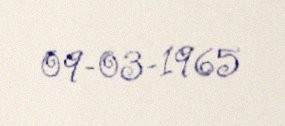
09-03-1965